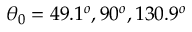
\theta _ { 0 } = 4 9 . 1 ^ { o } , 9 0 ^ { o } , 1 3 0 . 9 ^ { o }